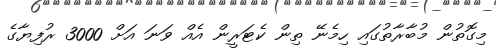
މިގޮތުން މުބާރާތުގައި ހިމެނޭ ތިން ކެޓަރީން އެއް ވަނަ އަށް 3000 ރުފިޔާގެ